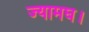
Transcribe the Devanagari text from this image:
ज्यामघ।